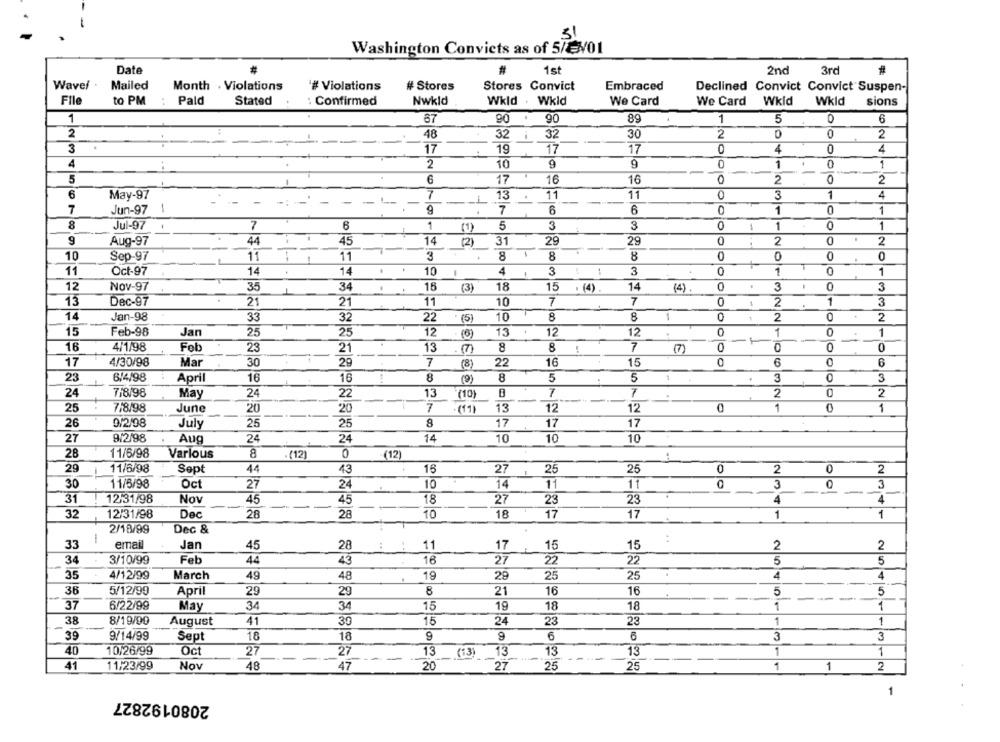
-
31
Washington Convicts as of 5/87/01
Date
#
1st
2nd
3rd
Wavel.
Mailed
Month . Violations
# Violations
# Stores
Stores Convict
Embraced
Declined Convict Convict Suspen-
File
to PM
Pald
Stated
Confirmed
Nwkld
Wkld . Wkid
We Card
We Card
Wkld
Wkld
sions
1
67
90 . 90
89
1
5
0
6
2
2
0
2
.
48
32 i 32
30
3
17
17
4
0
4
17
19
4
2
10
9
0
1
.
1
..
9
5
0
2
6
17
16
16
0
2
6
7
0
3
1
4
May-97
13
11
11
7
Jun-97
1
9
7
6
6
1
1
8
Jul-97
7
6
1
(1)
5
3
3
0
-
1
0
1
9
Aug-97
44
45
14
(2)
31
29
29
0
.
2
0
2
-
10
Sep-97
11
1
11
3
8
8
8
0
0
0
11
Oct-97
14
.
14
10
4
3
3
0
1
0
1
12
Nov-97
35
34
.
16
(3)
18
15 . (4)
14
(4)
0
3
0
3
13
Dec-97
21
21
11
10
7
7
2
1
3
14
Jan-98
33
32
22
. (5)
10
8
8
1
0
2
0
2
15
Feb-98
Jan
25
25
12
(6)
13
12
12
0
1
0
1
16
4/1/98
Feb
23
21
13
. (7)
8
8 !
7
0
0
0
17
4/30/98
Mar
30
29
7
22
16
15
0
6
23
6/4/98
April
16
16
8
(9)
8
5
5
1
3
0
3
24
7/8/98
May
24
22
13
"(10)
T
7
2
O
2
25
7/8/98
June
20
20
7
.(19)
13
12
12
0
1
1
26
9/2/08
25
25
8
17
17
17
July
27
9/2/98
24
14
10
10
Aug
24
10
28
11/6/98
Various
8
.(12)
0
(12)
29
11/6/98
Sept
44
43
16
27
25
25
0
2
0
2
30
11/5/98
Oct
27
24
10
14
11
11
0
3
3
4
4
31
12-31/98
Nov
45
45
18
27
23
23
32
12/31/98
Dec
28
28
10
18
17
17
1
1
2/18/99
Dec &
-
33
email
Jan
45
28
11
17
15
15
2
2
34
3/10/99
Feb
44
43
16
27
22
22
5
5
35
4/12/99
March
49
48
.
19
28
25
25
4
4
36
5/12/99
April
29
29
8
21
16
16
5
5
-
37
6/22/99
May
34
34
15
19
18
18
1
1
38
8/19/99
August
41
30
15
24
23
23
1
1
39
9/14/99
Sept
18
18
9
9
6
3
3
40
10/26/99
Oct
27
27
13
(13)
13
13
13
1
1
41
11/23/99
Nov
48
47
20
27
25
25
1
1
2
.
1
2080192827